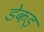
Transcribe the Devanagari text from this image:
डेकड़